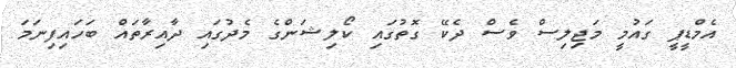
އެމްޑީޕީ ގައުމީ މަޖިލިސް ވެސް ދެކޭ ގޮތުގައި ކޯލިޝަންގެ މެދުގައި ދާއިރާތައް ބަހައިފިނަމަ